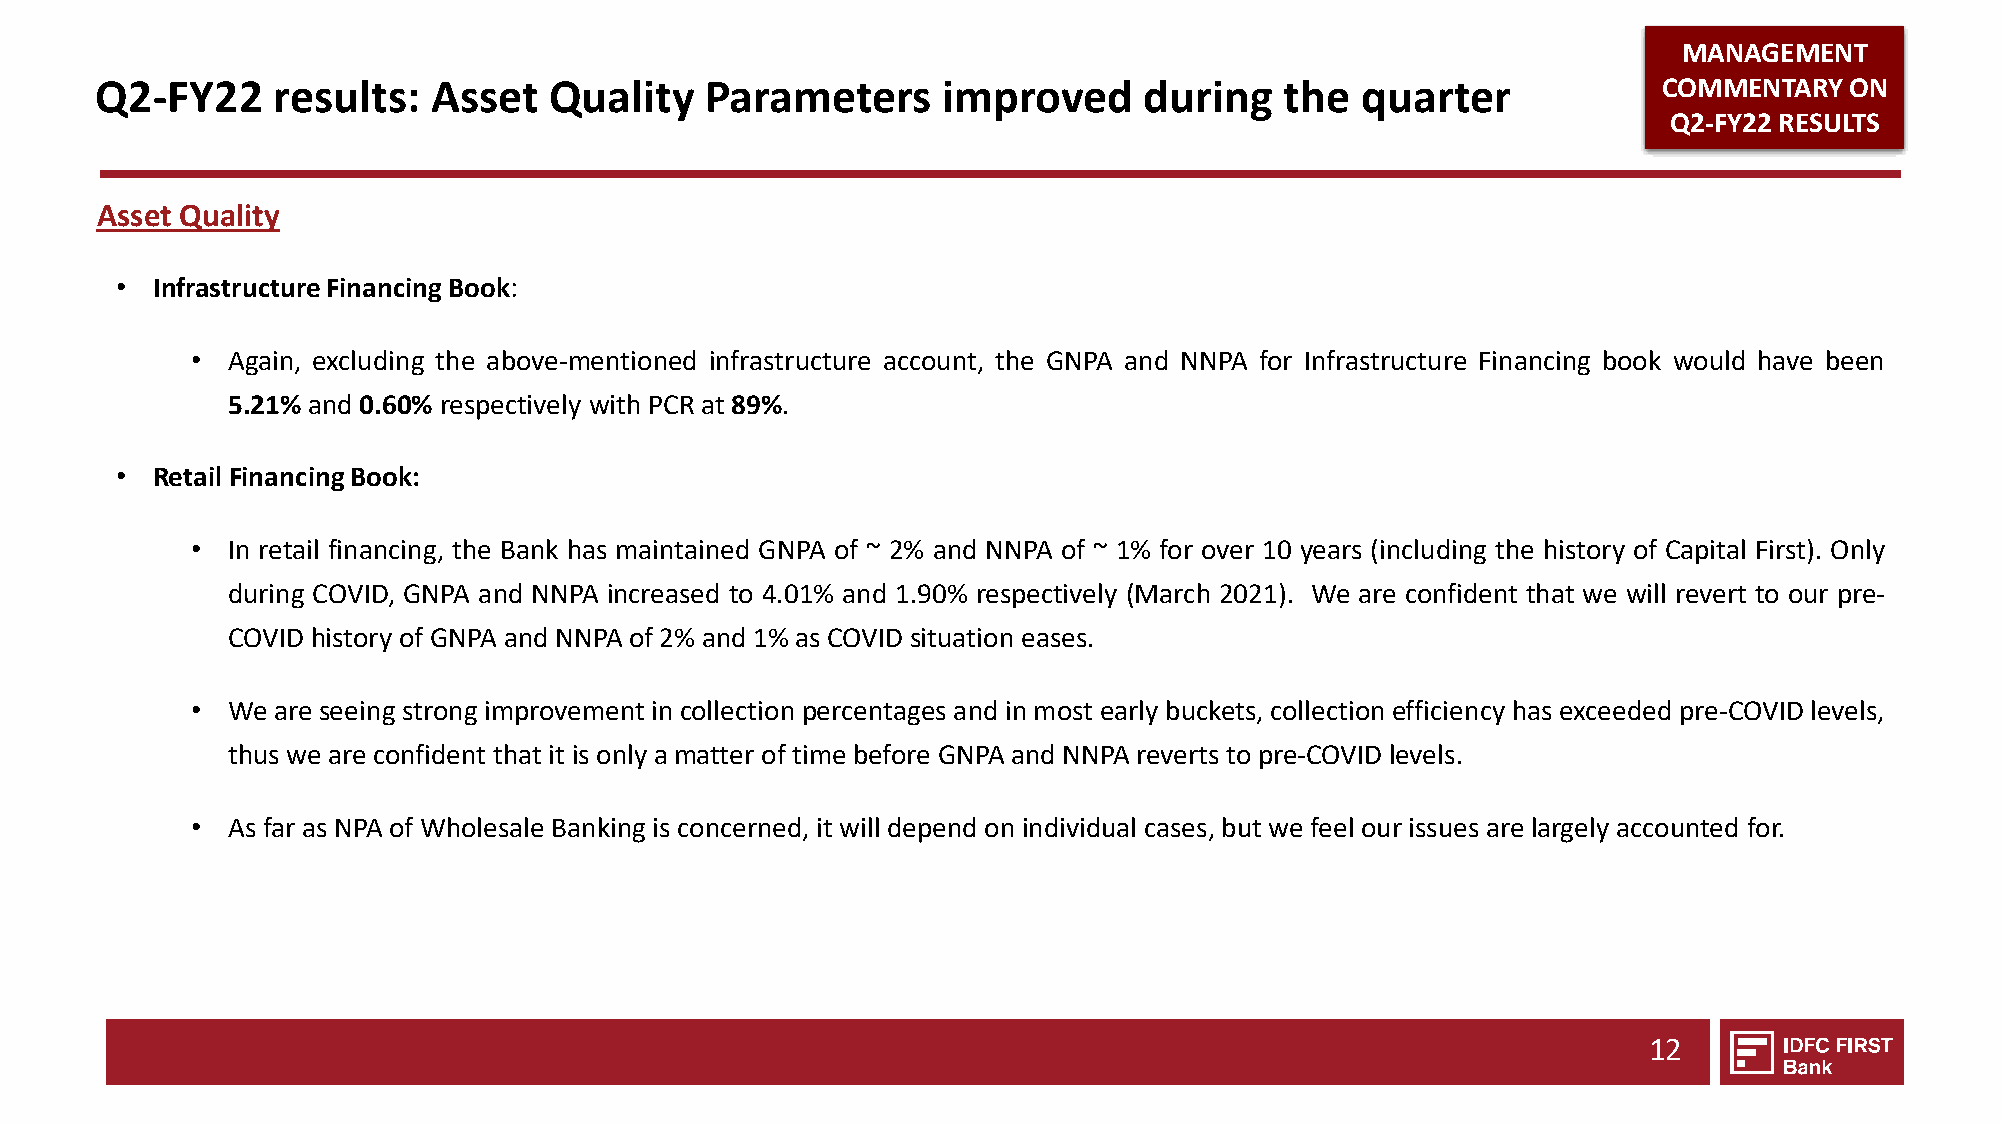
MANAGEMENT
 Q2-FY22     results:  Asset   Quality    Parameters     improved      during   the  quarter             COMMENTARY  ON
 Q2-FY22 RESULTS
 Asset Quality
 • InfrastructureFinancingBook:
 • Again, excluding the above-mentioned infrastructure account, the GNPA and NNPA for Infrastructure Financing book would have been
 5.21% and 0.60% respectively with PCR at 89%.
 • Retail FinancingBook:
 • In retail financing, the Bank has maintained GNPA of ~ 2% and NNPA of ~ 1% for over 10 years (including the history of Capital First). Only
 during COVID, GNPA and NNPA increased to 4.01% and 1.90% respectively (March 2021). We are confident that we will revert to our pre-
 COVID history of GNPA and NNPA of2% and 1% as COVID situation eases.
 • We are seeing strong improvement in collection percentages and in most early buckets, collection efficiency has exceeded pre-COVID levels,
 thus we are confident that it is only a matter of time before GNPA and NNPA reverts to pre-COVID levels.
 • As faras NPA of Wholesale Banking is concerned, it will depend on individual cases, but we feel our issues are largely accounted for.
 12